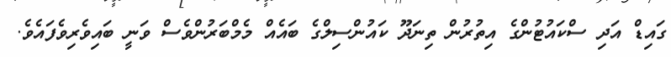
ގައިޑް އަދި ސްކައުޓުންގެ އިތުރުން ތިނަދޫ ކައުންސިލްގެ ބައެއް މެމްބަރުންވެސް ވަނީ ބައިވެރިވެފައެވެ.